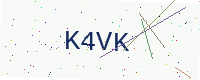
Text: K4VK